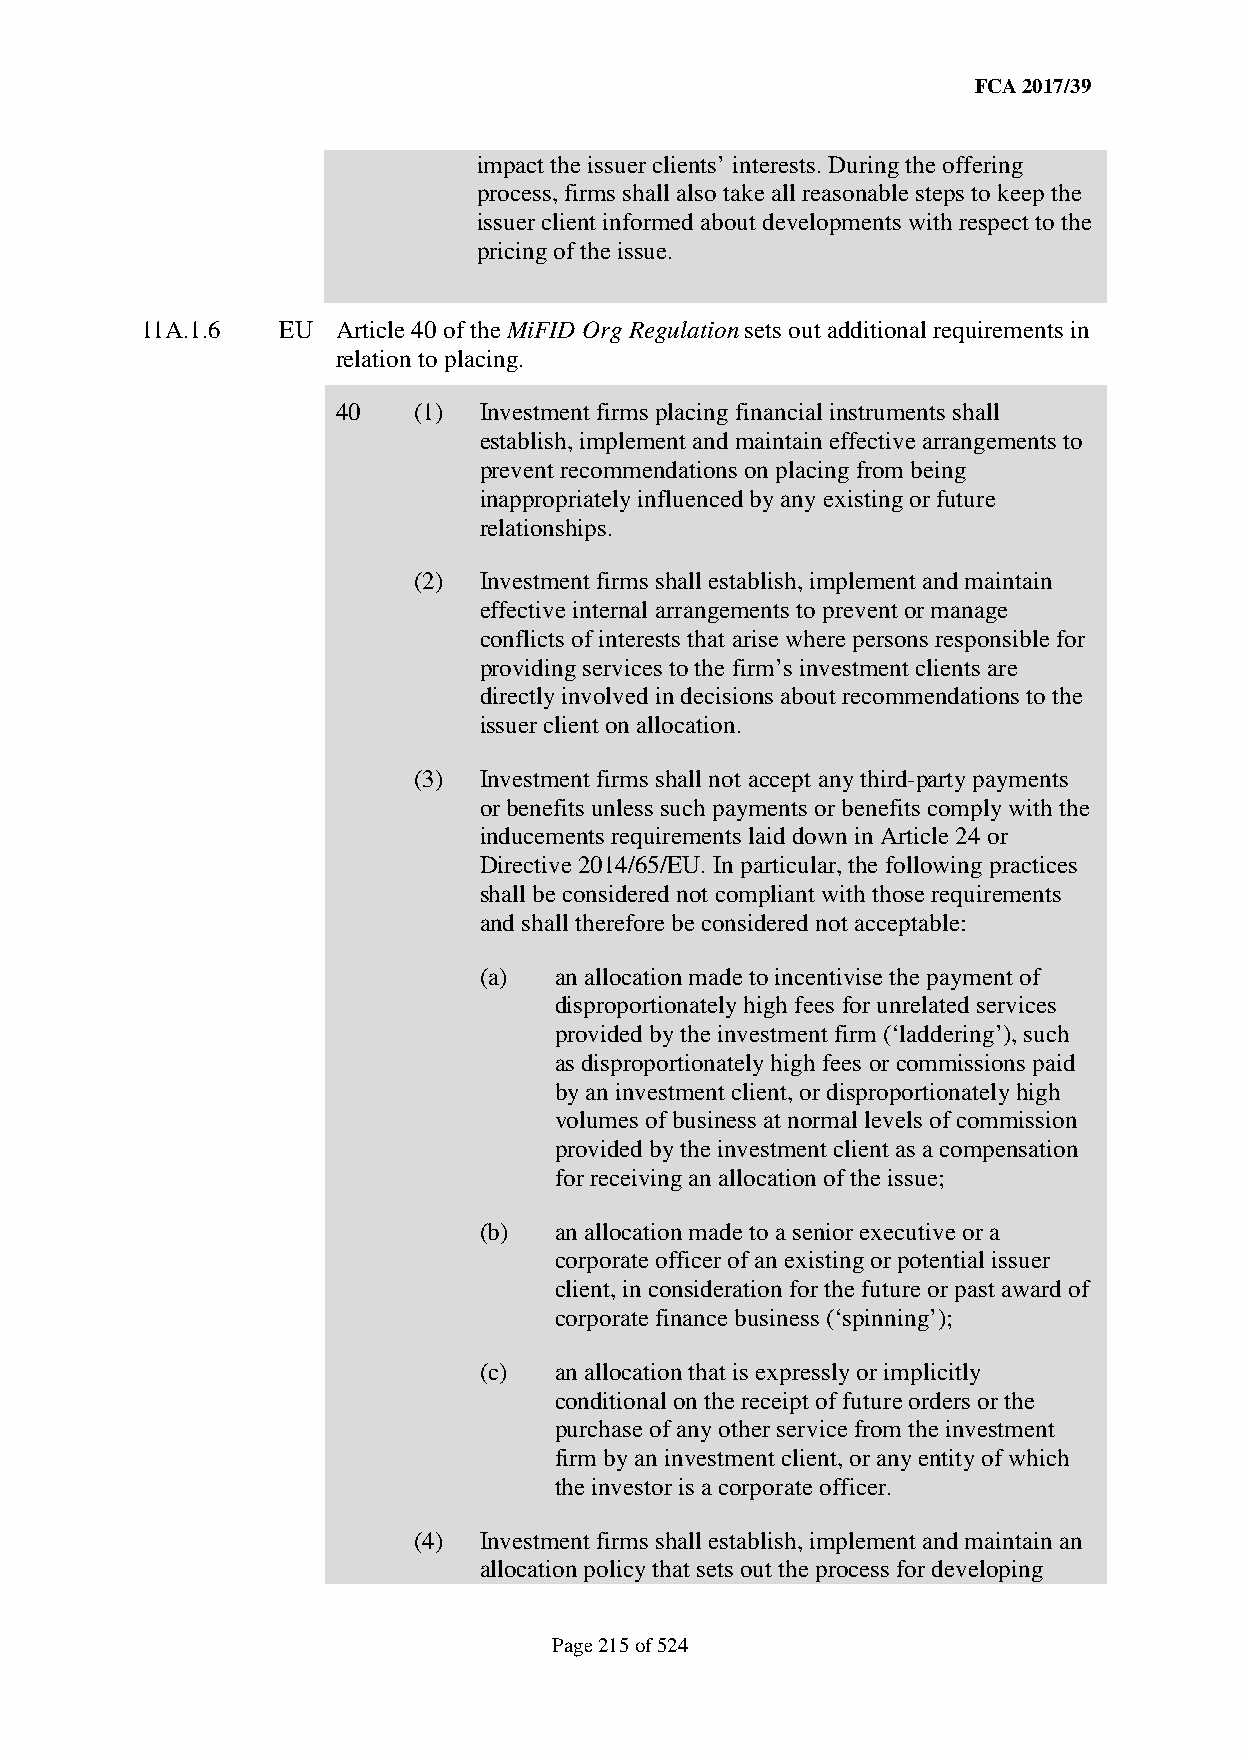
FCA 2017/39
 impact the issuer clients’ interests. During the offering
 process, firms shall also take all reasonable steps to keep the
 issuer client informed about developments with respect to the
 pricing of the issue.
 11A.1.6  EU  Article 40 of the MiFID Org Regulation sets out additional requirements in
 relation to placing.
 40   (1)  Investment firms placing financial instruments shall
 establish, implement and maintain effective arrangements to
 prevent recommendations on placing from being
 inappropriately influenced by any existing or future
 relationships.
 (2)  Investment firms shall establish, implement and maintain
 effective internal arrangements to prevent or manage
 conflicts of interests that arise where persons responsible for
 providing services to the firm’s investment clients are
 directly involved in decisions about recommendations to the
 issuer client on allocation.
 (3)  Investment firms shall not accept any third-party payments
 or benefits unless such payments or benefits comply with the
 inducements requirements laid down in Article 24 or
 Directive 2014/65/EU. In particular, the following practices
 shall be considered not compliant with those requirements
 and shall therefore be considered not acceptable:
 (a)  an allocation made to incentivise the payment of
 disproportionately high fees for unrelated services
 provided by the investment firm (‘laddering’), such
 as disproportionately high fees or commissions paid
 by an investment client, or disproportionately high
 volumes of business at normal levels of commission
 provided by the investment client as a compensation
 for receiving an allocation of the issue;
 (b)  an allocation made to a senior executive or a
 corporate officer of an existing or potential issuer
 client, in consideration for the future or past award of
 corporate finance business (‘spinning’);
 (c)  an allocation that is expressly or implicitly
 conditional on the receipt of future orders or the
 purchase of any other service from the investment
 firm by an investment client, or any entity of which
 the investor is a corporate officer.
 (4)  Investment firms shall establish, implement and maintain an
 allocation policy that sets out the process for developing
 Page 215 of 524